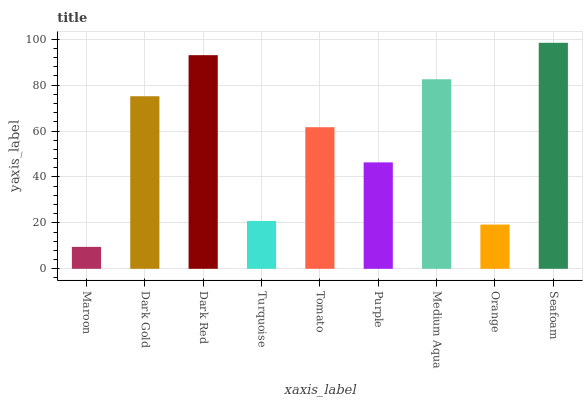
| xaxis_label | bars |
 | --- | --- |
 | Maroon | 9.55 |
 | Dark Gold | 75.2 |
 | Dark Red | 93 |
 | Turquoise | 20.8 |
 | Tomato | 61.7 |
 | Purple | 46.3 |
 | Medium Aqua | 82.5 |
 | Orange | 19.3 |
 | Seafoam | 98.4 |